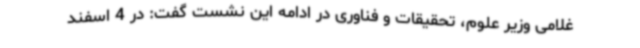
غلامی وزیر علوم، تحقیقات و فناوری در ادامه این نشست گفت: در 4 اسفند